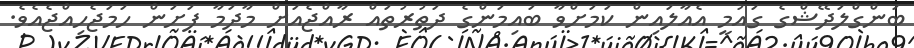
ބަންގްލަދޭޝްގެ ގައުމީ އެއާލައިން ކަމަށްވާ ބައިމަންގެ ދަތުރުތައް ރާއްޖެއަށް މާދަމާ ފަށަން ހަމަޖެހިއްޖެއެވެ.